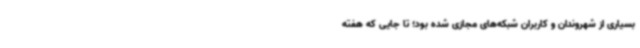
بسیاری از شهروندان و کاربران شبکه‌های مجازی شده بود؛ تا جایی که هفته